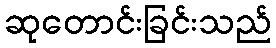
ဆုတောင်းခြင်းသည်